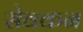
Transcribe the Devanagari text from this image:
सेवकन